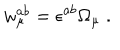
LaTeX: w _ { \mu } ^ { a b } = \epsilon ^ { a b } \Omega _ { \mu } \; .